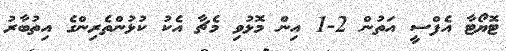
ޓޮޔޯޓާ އެފްސީ އަތުން 2-1 އިން މޮޅުވި މެޗާ އެކު ކުޅުންތެރިންގެ އިތުބާރު